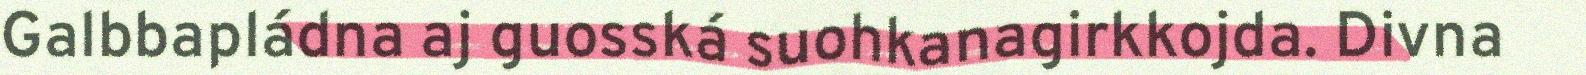
Galbbapládna aj guosská suohkanagirkkojda. Divna